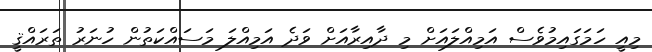
މިއީ ހަމަގައިމުވެސް އަމިއްލައަށް މި ދާއިރާއަށް ވަދެ އަމިއްލަ މަސައްކަތުން ހުނަރު ތަރައްޤީ